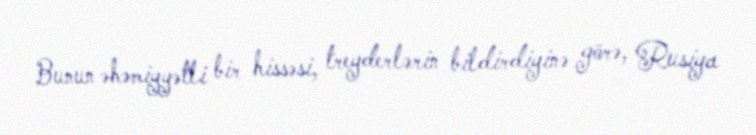
Bunun əhəmiyyətli bir hissəsi, treyderlərin bildirdiyinə görə, Rusiya